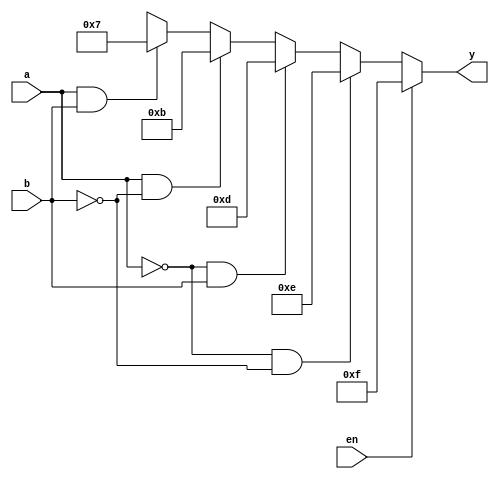
module decoder24_behaviour(en,a,b,y);
   // input port
   input en,a,b;

   // use reg to store the output value
   output reg [3:0]y;
   // always is used in design block 
   // only in Behavioural modeling.
   
   always @(en,a,b)
     begin
       // using condition if statement 
       // implement the 2:4 truth table
       if(en==0)
         begin
           if(a==1'b0 & b==1'b0) y=4'b1110;
           else if(a==1'b0 & b==1'b1) y=4'b1101;
           else if(a==1'b1 & b==1'b0) y=4'b1011;
           else if(a==1 & b==1) y=4'b0111;
           else y=4'bxxxx;
         end
       else
        y=4'b1111;
     end
endmodule